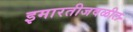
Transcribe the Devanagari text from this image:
इमारतीजवळील